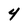
Character: 4